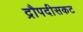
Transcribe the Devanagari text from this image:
द्रौपदीसकट